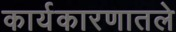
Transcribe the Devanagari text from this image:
कार्यकारणातले